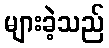
များခဲ့သည်